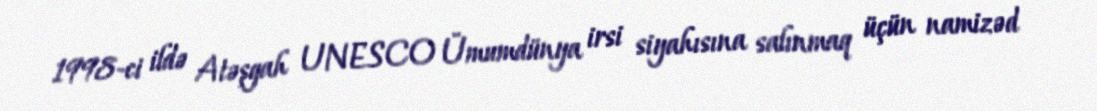
1998-ci ildə Atəşgah UNESCO Ümumdünya irsi siyahısına salınmaq üçün namizəd